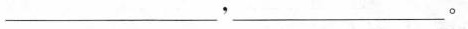
___，___。